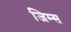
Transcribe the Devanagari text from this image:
जिम्स